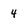
Character: 4